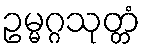
ဥမ္မဂ္ဂသုတ္တံ